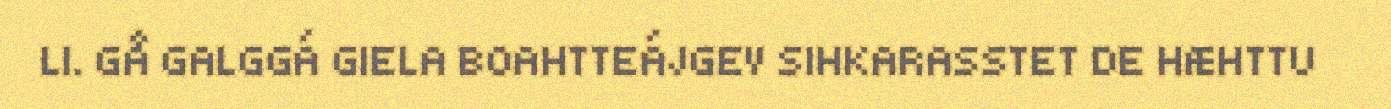
LI. GÅ GALGGÁ GIELA BOAHTTEÁJGEV SIHKARASSTET DE HÆHTTU